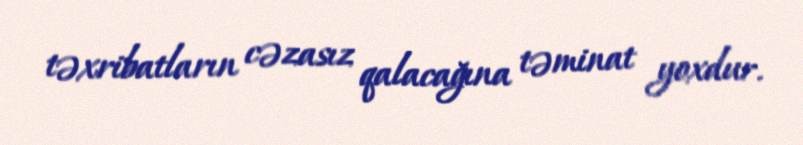
təxribatların cəzasız qalacağına təminat yoxdur.